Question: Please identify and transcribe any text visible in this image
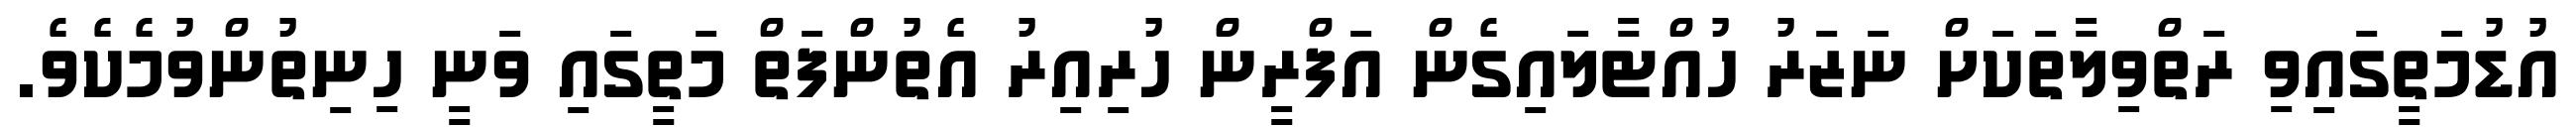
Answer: އުޑުމަތީގައިވި ރަތްވިލާތަކަށް ނަޒަރު ހުއްޓާލައިގެން އަފްރީން ހުރިއިރު އެތުންފަތް މަތީގައި ވަނީ ހިނިތުންވުމެކެވެ.